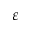
\varepsilon